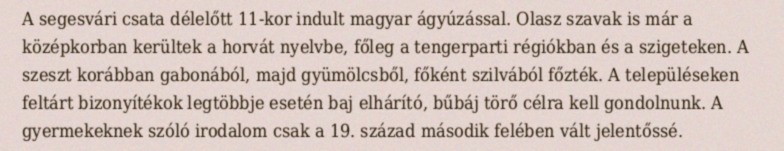
A segesvári csata délelőtt 11-kor indult magyar ágyúzással. Olasz szavak is már a középkorban kerültek a horvát nyelvbe, főleg a tengerparti régiókban és a szigeteken. A szeszt korábban gabonából, majd gyümölcsből, főként szilvából főzték. A településeken feltárt bizonyítékok legtöbbje esetén baj elhárító, bűbáj törő célra kell gondolnunk. A gyermekeknek szóló irodalom csak a 19. század második felében vált jelentőssé.